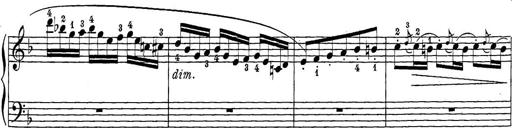
Title: 12 Sonatine per Pianoforte
Composer: Friedrich Kuhlau